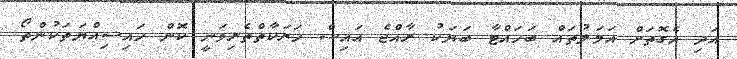
އަދި އެގޮތަށް އަމަލުތައް ބަހައްޓާ ބަޔަކު ރާއްޖެ އައިސް ހަރަކާތްތެރިވަނީ ކޮން ހައިސިއްޔަތަކުންތޯ